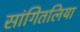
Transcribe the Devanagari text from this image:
सांगितलिया